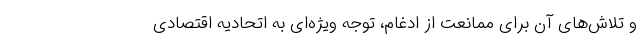
و تلاش‌های آن برای ممانعت از ادغام، توجه ویژه‌ای به اتحادیه اقتصادی